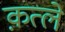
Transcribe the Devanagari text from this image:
क़त्ले